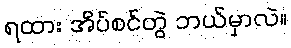
ရထား အိပ်စင်တွဲ ဘယ်မှာလဲ။